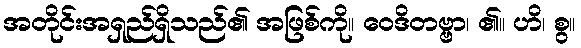
အတိုင်းအရှည်ရှိသည်၏ အဖြစ်ကို။ ဝေဒိတဗ္ဗာ၊ ၏။ ဟိ၊ စွ။